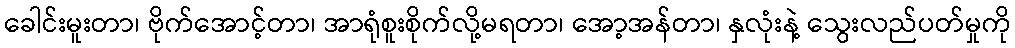
ခေါင်းမူးတာ၊ ဗိုက်အောင့်တာ၊ အာရုံစူးစိုက်လို့မရတာ၊ အော့အန်တာ၊ နှလုံးနဲ့ သွေးလည်ပတ်မှုကို